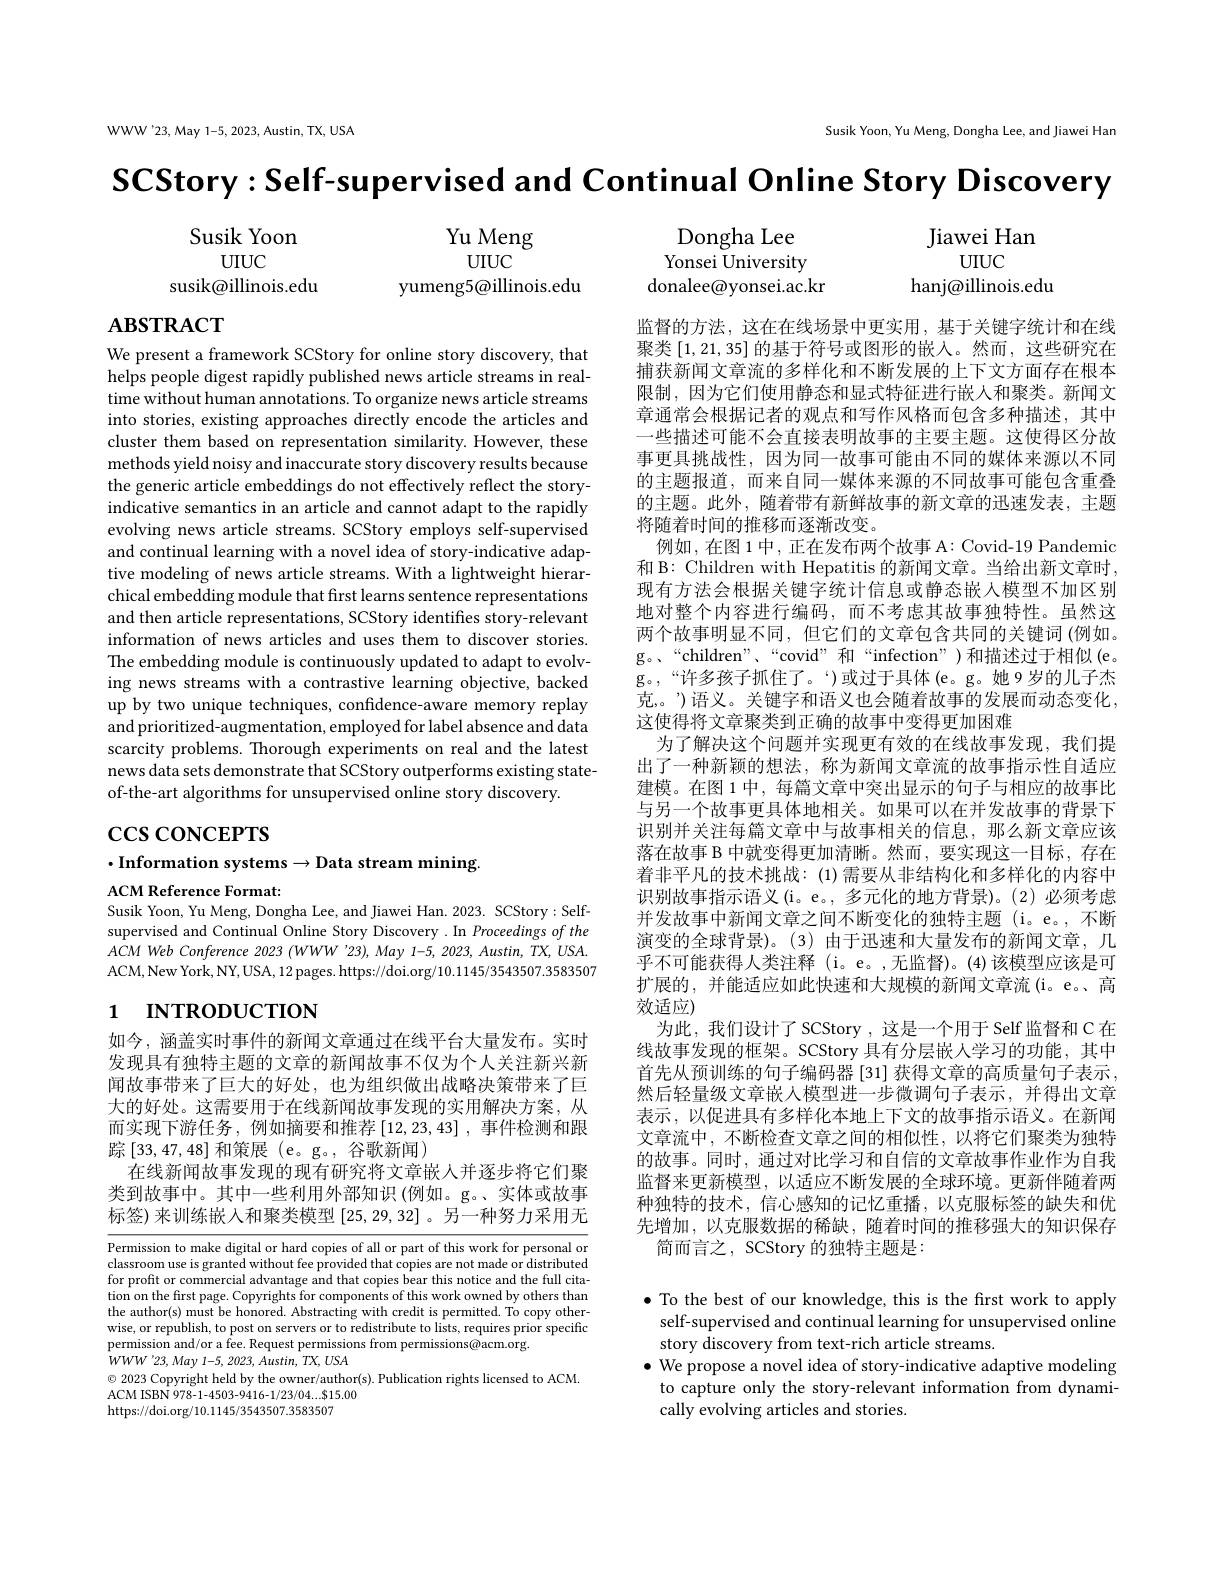
WWW'23, May 1-5, 2023, Austin, TX, USA

Susik Yoon, Yu Meng, Dongha Lee, and Jiawei Han

$SCStory:Self-supervisedand$ Continual Online Story Discovery

Susik Yoon
UIUC
susik@illinois.edu

$\begin{array}{ccc}\mathrm{Yu~Meng}&&\text{Dongha Lee}&&\text{Jiawei Han}\\\mathrm{UIUC}&&\text{Yonsei University}&&\text{UIUC}\\\text{yumeng5@illinois.edu}&&\text{donalee@yonsei.ac.kr}&&\text{hanj@illinois.edu}\\\end{array}$

$\mathbf{ABSTRACT}$

We present a framework SCStory for online story discovery, that helps people digest rapidly published news article streams in realtime without human annotations. To organize news article streams into stories, existing approaches directly encode the articles and cluster them based on representation similarity. However, these methods yield noisy and inaccurate story discovery results because the generic article embeddings do not effectively reflect the storyindicative semantics in an article and cannot adapt to the rapidly evolving news article streams. SCStory employs self-supervised and continual learning with a novel idea of story-indicative adaptive modeling of news article streams. With a lightweight hierarchical embedding module that first learns sentence representations and then article representations, SCStory identifies story-relevant information of news articles and uses them to discover stories. The embedding module is continuously updated to adapt to evolving news streams with a contrastive learning objective, backed up by two unique techniques, confidence-aware memory replay and prioritized-augmentation, employed for label absence and data scarcity problems. Thorough experiments on real and the latest news data sets demonstrate that SCStory outperforms existing stateof-the-art algorithms for unsupervised online story discovery.

监督的方法，这在在线场景中更实用，基于关键字统计和在线聚类[1,21,35]的基于符号或图形的嵌入。然而，这些研究在捕获新闻文章流的多样化和不断发展的上下文方面存在根本限制，因为它们使用静态和显式特征进行嵌人和聚类。新闻文章通常会根据记者的观点和写作风格而包含多种描述，其中一些描述可能不会直接表明故事的主要主题。这使得区分故事更具挑战性，因为同一故事可能由不同的媒体来源以不同的主题报道，而来自同一媒体来源的不同故事可能包含重叠的主题。此外，随着带有新鲜故事的新文章的迅速发表，主题将随着时间的推移而逐渐改变。
例如，在图 1 中 , 正在发布两个故事 A: Covid-19 Pandemic 和 B: Children with Hepatitis 的新闻文章。当给出新文章时， 现有方法会根据关键字统计信息或静态嵌人模型不加区别地对整个内容进行编码，而不考虑其故事独特性。虽然这两个故事明显不同，但它们的文章包含共同的关键词(例如。g。“children”、“covid” 相““infection”)和描述过于相似(e。g。,“许多孩子抓住了。‘)或过于具体(e。g。她9岁的儿子杰克，。”)语义。关键字和语义也会随着故事的发展而动态变化， 这使得将文章聚类到正确的故事中变得更加困难
为了解决这个问题并实现更有效的在线故事发现，我们提出了一种新颖的想法，称为新闻文章流的故事指示性自适应建模。在图 1 中，每篇文章中突出显示的句子与相应的故事比与另一个故事更具体地相关。如果可以在并发故事的背景下识别并关注每篇文章中与故事相关的信息，那么新文章应该落在故事 B 中就变得更加清晰。然而，要实现这一目标，存在着非平凡的技术挑战：(1)需要从非结构化和多样化的内容中识别故事指示语义(i。e。,多元化的地方背景)。(2)必须考虑并发故事中新闻文章之间不断变化的独特主题 (i。e。,不断演变的全球背景)。(3)由于迅速和大量发布的新闻文章，几乎不可能获得人类注释 (i。e。,无监督)。(4)该模型应该是可扩展的，并能适应如此快速和大规模的新闻文章流(i。e。、高效适应)
为此，我们设计了SCStory ,这是一个用于 Self 监督和 C 在线故事发现的框架。SCStory 具有分层嵌人学习的功能，其中首先从预训练的句子编码器[31]获得文章的高质量句子表示， 然后轻量级文章嵌人模型进一步微调句子表示，并得出文章表示，以促进具有多样化本地上下文的故事指示语义。在新闻文章流中，不断检查文章之间的相似性，以将它们聚类为独特的故事。同时，通过对比学习和自信的文章故事作业作为自我监督来更新模型，以适应不断发展的全球环境。更新伴随着两种独特的技术，信心感知的记忆重播，以克服标签的缺失和优先增加，以克服数据的稀缺，随着时间的推移强大的知识保存
简而言之，SCStory 的独特主题是：

# $\csc\csc$coNCEPTS

$\cdot$Information systems$\to$Data stream mining

ACM Reference Format:
Susik Yoon, Yu Meng, Dongha Lee, and Jiawei Han. 2023. SCStory: Self-

supervised and Continual Online Story Discovery .In Proceedings of the $ACM$ Web Conference 2023 (WWW'23),May 1-5, 2023, Austin, TX, USA. ACM,New York, NY, USA, 12 pages. https://doi.org/10.1145/3543507.3583507

# 1 INTRODUCTION

如今，涵盖实时事件的新闻文章通过在线平台大量发布。实时发现具有独特主题的文章的新闻故事不仅为个人关注新兴新闻故事带来了巨大的好处，也为组织做出战略决策带来了巨大的好处。这需要用于在线新闻故事发现的实用解决方案，从而实现下游任务，例如摘要和推荐$\left[12,23,43\right]$,事件检测和跟踪[33,47,48]和策展(e。g。,谷歌新闻)
在线新闻故事发现的现有研究将文章嵌人并逐步将它们聚类到故事中。其中一些利用外部知识(例如。g。、实体或故事标签)来训练嵌入和聚类模型[25,29,32]。另一种努力采用无

Permission to make digital or hard copies of all or part of this work for personal or classroom use is granted without fee provided that copies are not made or distributed for profit or commercial advantage and that copies bear this notice and the full citation on the first page. Copyrights for components of this work owned by others than the author( s) must be honored. Abstracting with credit is permitted. To copy other- conther- conthored. To copy other- cond. Toredered. To copy other- condered. To con wise, or republish, to post on servers or to redistribute to lists, requires prior specific $\hat{\text{permission and/or a fee. Request permissions from permissions@acm.org}}.$
$WWW$ '23, May 1-5, 2023, Austin, TX, USA
$\odot$ 2023 Copyright held by the owner/author(s). Publication rights licensed to ACM.
ACM ISBN 978-1-4503-9416-1/23/04....815.00
https://doi.org/10.1145/3543507.3583507

$\bullet$ To the best of our knowledge, this is the frst work to apply
self-supervised and continual learning for unsupervised online
story discovery from text-rich article streams.
$\bullet$ We propose a novel idea of story-indicative adaptive modeling
to capture only the story-relevant information from dynami-
cally evolving articles and stories.